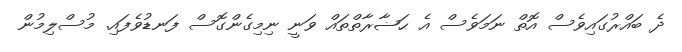
ދެ ބައްރުގައިވެސް އޮތް ނަމަވެސް އެ ޙަޟާރާތްތައް ވަނީ ނިމިގެންގޮސް ފަނޑުވެފައި. މުސްލިމުން